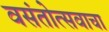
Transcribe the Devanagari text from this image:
वसंतोत्सवाचा